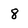
Character: 8